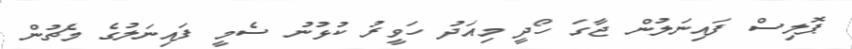
ޕޮލިސް ފައިނަލުން ޖާގަ ހޯދީ މިއަދު ހަވީރު ކުޅުނު ސެމީ ފައިނަލުގެ މެޗުން